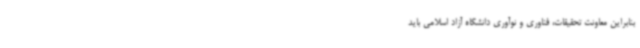
بنابراین معاونت تحقیقات، فناوری و نوآوری دانشگاه آزاد اسلامی باید